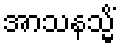
အာသနသ္မိံ